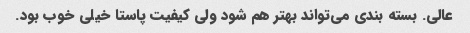
عالی. بسته بندی می‌تواند بهتر هم شود ولی کیفیت پاستا خیلی خوب بود.